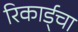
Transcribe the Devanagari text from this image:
रिकार्ड्चा